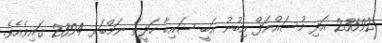
23592 އަދި މުސައްނަފް އިބުނު އަބީ ޝައިބާ ހަދީޡް ނަމްބަރ 2394 ގައިވެއެވެ.